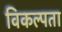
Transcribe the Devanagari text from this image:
विकल्पता